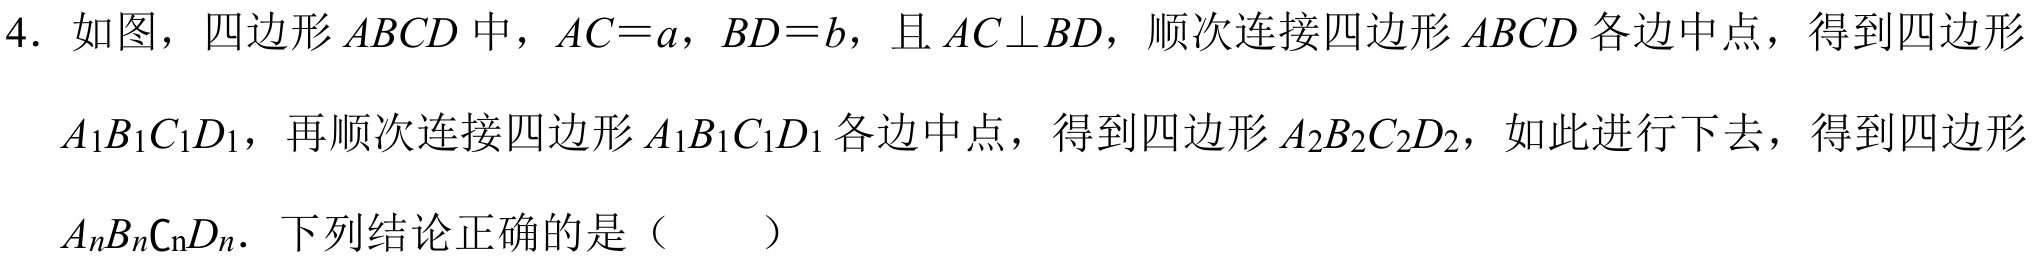
4. 如图，四边形$ABCD$中，$AC = a$，$BD = b$，且$AC\perp BD$，顺次连接四边形$ABCD$各边中点，得到四边形$A_{1}B_{1}C_{1}D_{1}$，再顺次连接四边形$A_{1}B_{1}C_{1}D_{1}$各边中点，得到四边形$A_{2}B_{2}C_{2}D_{2}$，如此进行下去，得到四边形$A_{n}B_{n}C_{n}D_{n}$. 下列结论正确的是（  ）